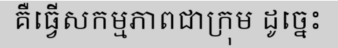
គឺធ្វើសកម្មភាពជាក្រុម ដូច្នេះ